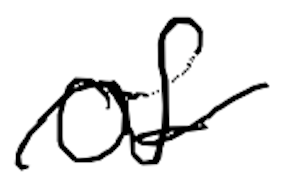
Text: of
Cross-out: mix
Writing tool: digital_black